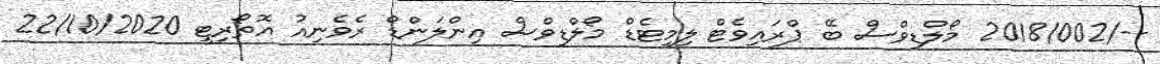
--/2018/002 މޯލްޑިވްސް ބޭ ޕްރައިވެޓް ލިމިޓެޑް މޯލްޑިވްސް އިންލަންޑް ރެވެނިއު އޮތޯރިޓީ 22/10/2020